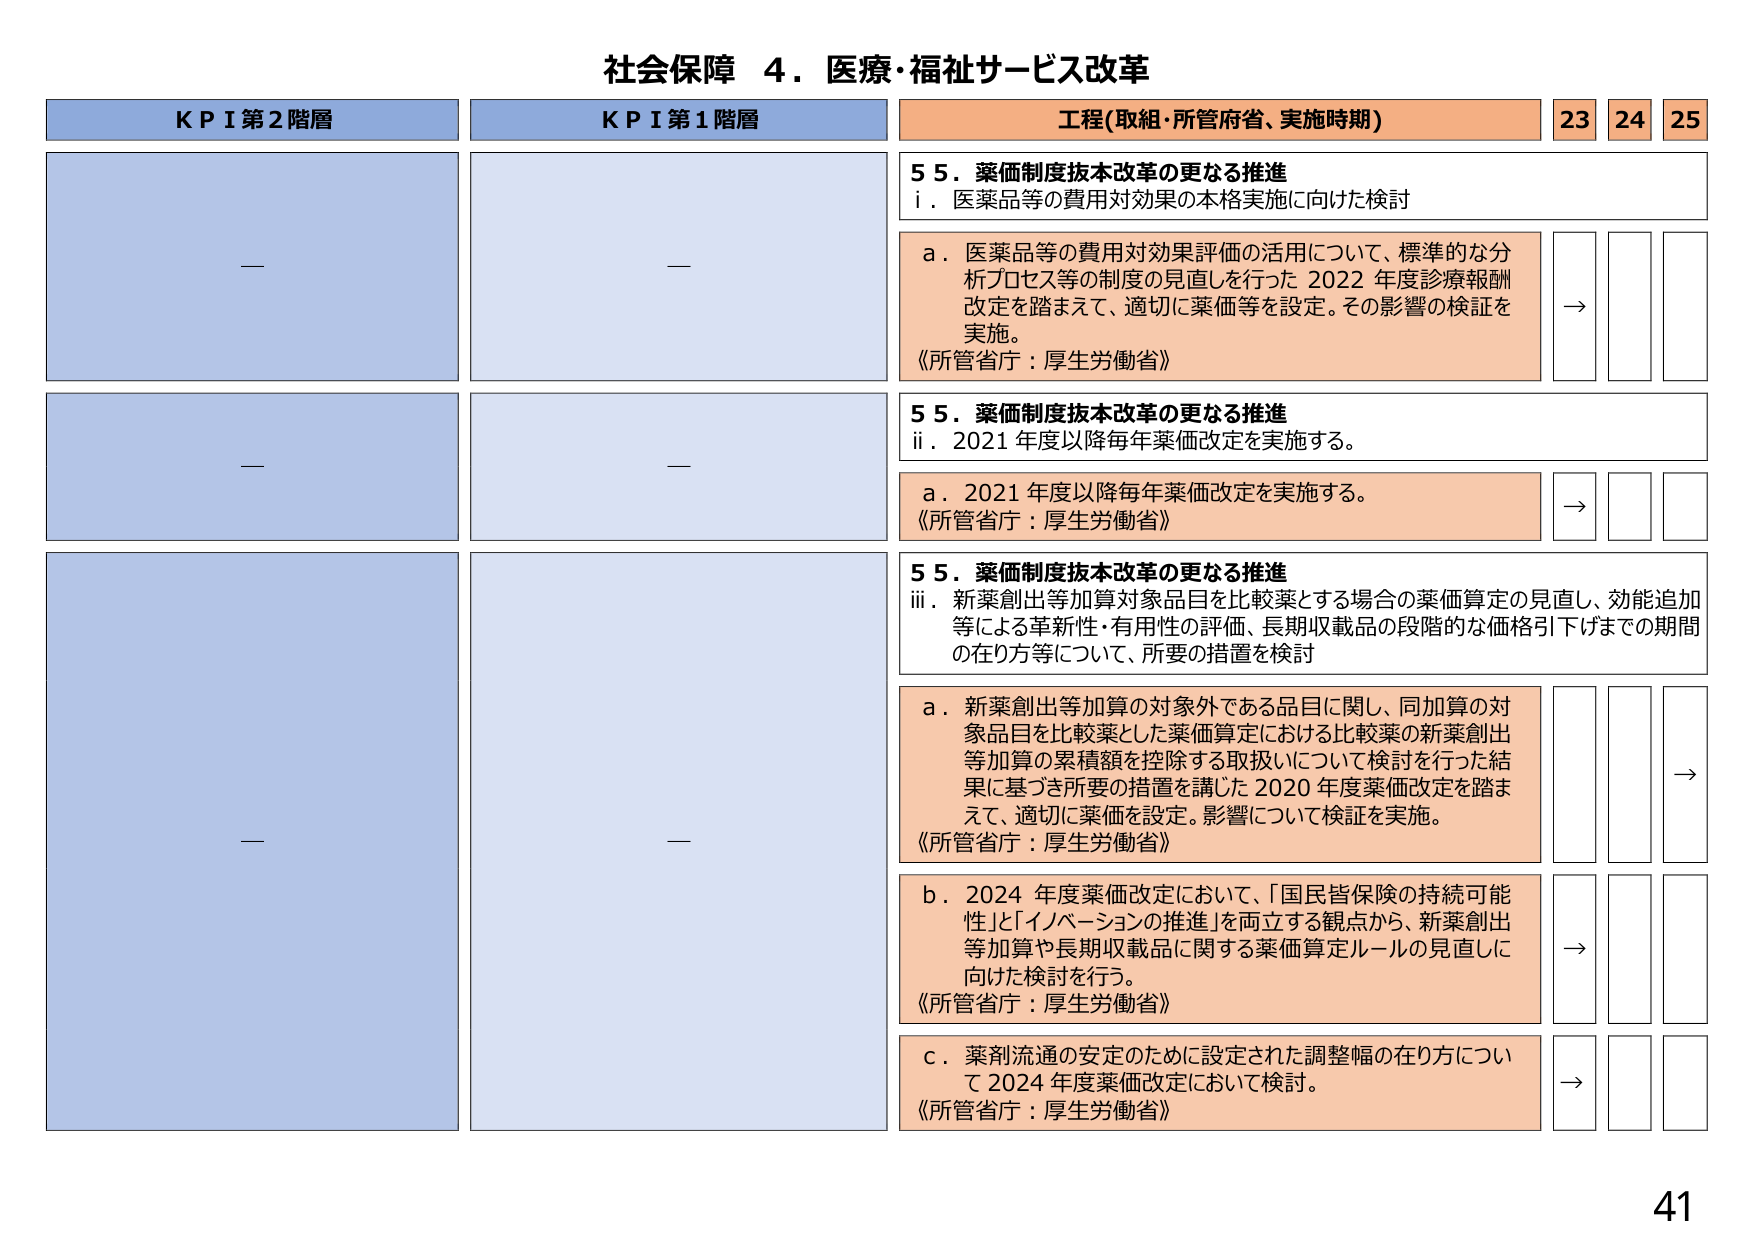
社会保障 ４．医療・福祉サービス改革

KPI第2階層
—

KPI第1階層
—

工程(取組・所管府省、実施時期)
23 24 25

55．薬価制度抜本改革の更なる推進
i．医薬品等の費用対効果の本格実施に向けた検討

a．医薬品等の費用対効果評価の活用について、標準的な分析プロセス等の制度の見直しを行った2022年度診療報酬改定を踏まえて、適切に薬価等を設定。その影響の検証を実施。
《所管省庁：厚生労働省》
→

55．薬価制度抜本改革の更なる推進
ii．2021年度以降毎年薬価改定を実施する。

a．2021年度以降毎年薬価改定を実施する。
《所管省庁：厚生労働省》
→

55．薬価制度抜本改革の更なる推進
iii．新薬創出等加算対象品目を比較薬とする場合の薬価算定の見直し、効能追加等による革新性・有用性の評価、長期収載品の段階的な価格引下げまでの期間の在り方等について、所要の措置を検討

a．新薬創出等加算の対象外である品目に関し、同加算の対象品目を比較薬とした薬価算定における比較薬の新薬創出等加算の累積額を控除する取扱いについて検討を行った結果に基づき所要の措置を講じた2020年度薬価改定を踏まえて、適切に薬価を設定。影響について検証を実施。
《所管省庁：厚生労働省》
→

b．2024年度薬価改定において、「国民皆保険の持続可能性」と「イノベーションの推進」を両立する観点から、新薬創出等加算や長期収載品に関する薬価算定ルールの見直しに向けた検討を行う。
《所管省庁：厚生労働省》
→

c．薬剤流通の安定のために設定された調整幅の在り方について2024年度薬価改定において検討。
《所管省庁：厚生労働省》
→

41